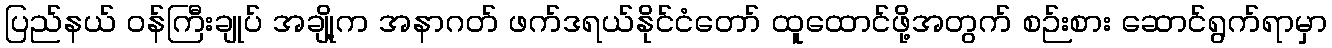
ပြည်နယ် ဝန်ကြီးချုပ် အချို့က အနာဂတ် ဖက်ဒရယ်နိုင်ငံတော် ထူထောင်ဖို့အတွက် စဉ်းစား ဆောင်ရွက်ရာမှာ